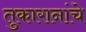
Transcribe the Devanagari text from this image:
तुकारानांचे